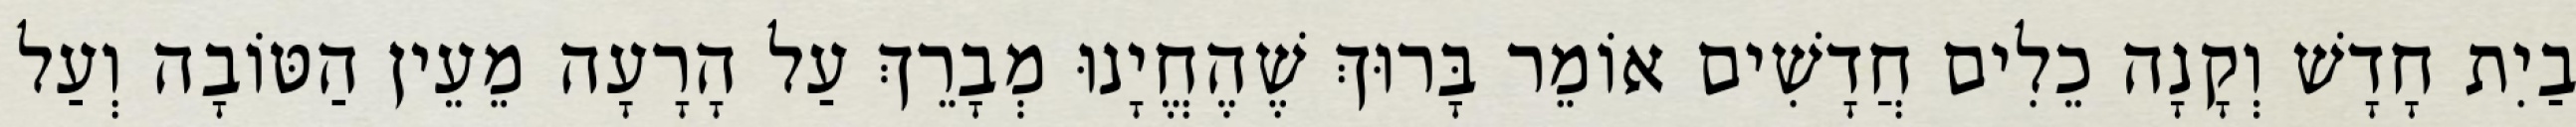
בַיִת חָדָשׁ וְקָנָה כֵלִים חֲדָשִׁים אוֹמֵר בָּרוּךְ שֶׁהֶחֱיָנוּ מְבָרֵךְ עַל הָרָעָה מֵעֵין הַטּוֹבָה וְעַל